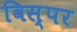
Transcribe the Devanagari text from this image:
विस्पर